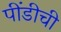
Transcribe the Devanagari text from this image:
पींडीची